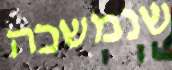
שנמשכה